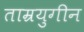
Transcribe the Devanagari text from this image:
ताम्रयुगीन